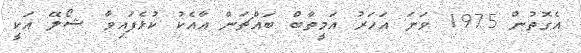
އެގޮތުން 1975 ވަނަ އަހަރު އަމީތާބް ބައްޗަން އާއެކު ކުޅެފައިވާ ޝޯލޭ އަކީ